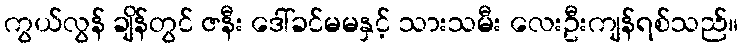
ကွယ်လွန် ချိန်တွင် ဇနီး ဒေါ်ခင်မမနှင့် သားသမီး လေးဦးကျန်ရစ်သည်။